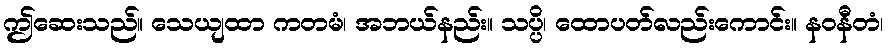
ဤဆေးသည်။ သေယျထာ ကတမံ၊ အဘယ်နည်း။ သပ္ပိ၊ ထောပတ်လည်းကောင်း။ နဝနီတံ၊